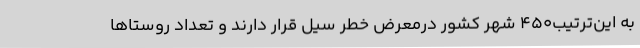
به این‌ترتیب450 شهر کشور درمعرض خطر سیل قرار دارند و تعداد روستاها